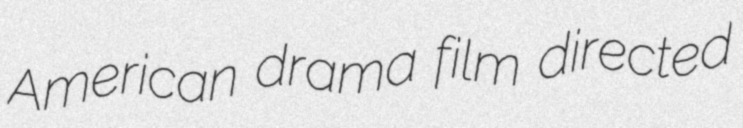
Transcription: American drama film directed